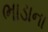
ભાડાના